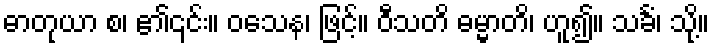
ဓာတုယာ စ၊ ၏၎င်း။ ဝသေန၊ ဖြင့်။ ဝီသတိ ဓမ္မာတိ၊ ဟူ၍။ သင်္ခံ၊ သို့။